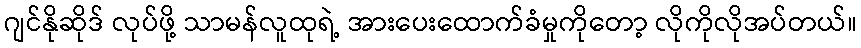
ဂျင်နိုဆိုဒ် လုပ်ဖို့ သာမန်လူထုရဲ့ အားပေးထောက်ခံမှုကိုတော့ လိုကိုလိုအပ်တယ်။